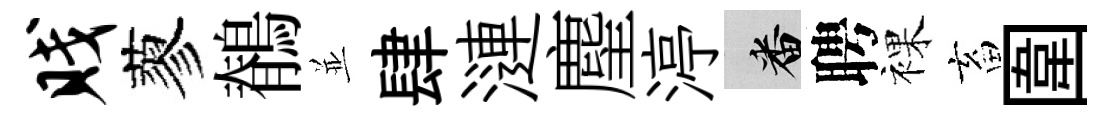
贱蓼鶺並肆漣麈渟番聘裸畜圍